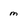
Character: m